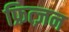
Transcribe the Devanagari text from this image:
फ्रित्ज़न